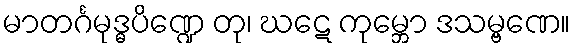
မာတင်္ဂမုဒ္ဓပိဏ္ဍေ တု၊ ဃဋေ ကုမ္ဘော ဒသမ္ဗဏေ။